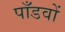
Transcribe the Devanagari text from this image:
पाँडवों